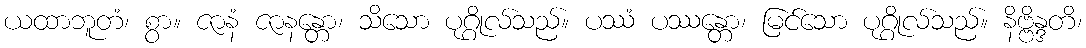
ယထာဘူတံ၊ စွာ။ ဇာနံ ဇာနန္တော၊ သိသော ပုဂ္ဂိုလ်သည်။ ပဿံ ပဿန္တော၊ မြင်သော ပုဂ္ဂိုလ်သည်။ နိဗ္ဗိန္ဒတိ၊